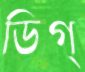
ডিগ্